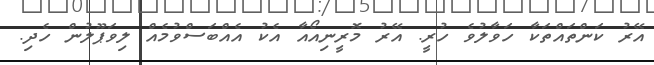
އޭރު ކަންތައްތަކާ ހަވާލުވެ ހުރީ. އޭރު މޮރީނިއޯއާ އެކު އެއްބަސްވުމެއް ލިވަޕޫލުން ހެދި.